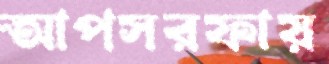
আপসরফায়